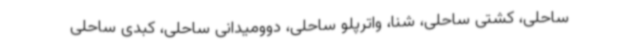
ساحلی، کشتی ساحلی، شنا، واترپلو ساحلی، دوومیدانی ساحلی، کبدی ساحلی